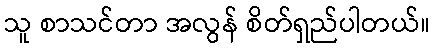
သူ စာသင်တာ အလွန် စိတ်ရှည်ပါတယ်။